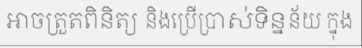
អាចត្រួតពិនិត្យ និងប្រើប្រាស់ទិន្នន័យ ក្នុង